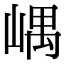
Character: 嵎